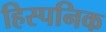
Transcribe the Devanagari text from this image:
हिस्पनिक